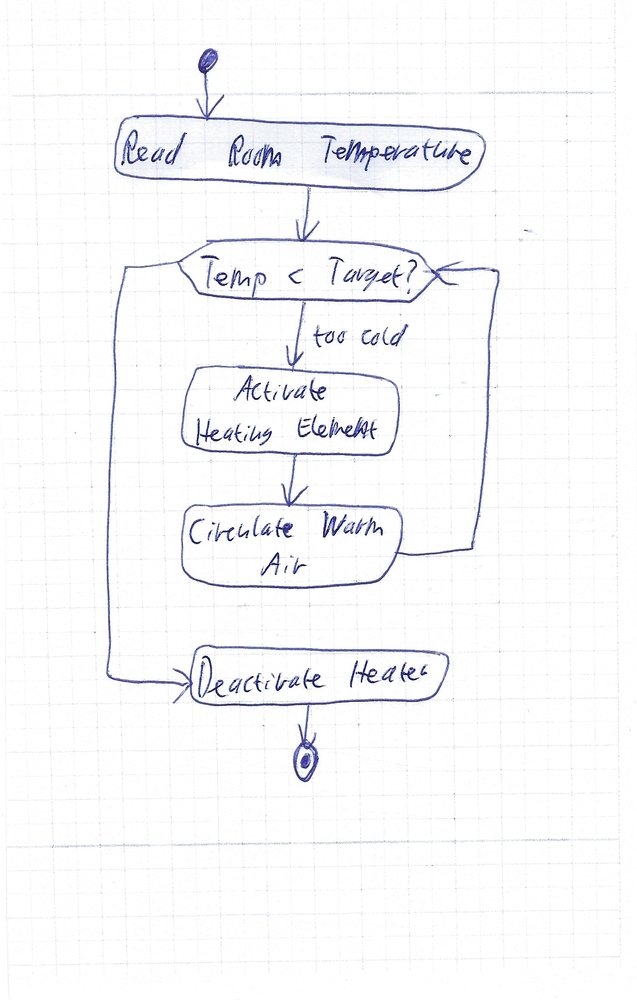
Diagram type: activity_diagram
```plantuml
@startuml

start
:Read Room Temperature;
while (Temp < Target?) is (too cold)
  :Activate Heating Element;
  :Circulate Warm Air;
endwhile
:Deactivate Heater;
stop

@enduml
```